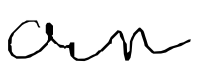
Text: own
Cross-out: clean
Writing tool: digital_black